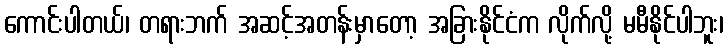
ကောင်းပါတယ်၊ တရားဘက် အဆင့်အတန်းမှာတော့ အခြားနိုင်ငံက လိုက်လို့ မမီနိုင်ပါဘူး၊